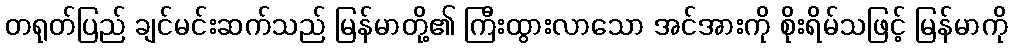
တရုတ်ပြည် ချင်မင်းဆက်သည် မြန်မာတို့၏ ကြီးထွားလာသော အင်အားကို စိုးရိမ်သဖြင့် မြန်မာကို